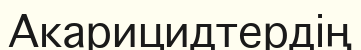
Акарицидтердің